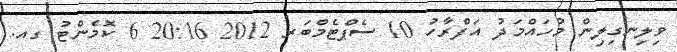
ވިލިނގިލިން މުހައްމަދު އަފްރާހު 10 ސެޕްޓެމްބަރ 2012 20:16 6 ކޮމެންޓު ގއ.